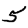
Digit: 5